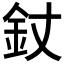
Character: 𨥅